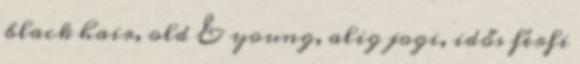
black hair, old & young, alig jogi, idős férfi